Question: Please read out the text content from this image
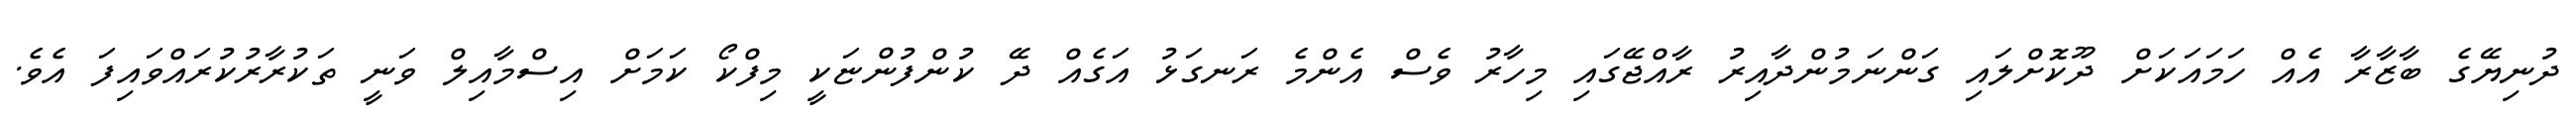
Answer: ދުނިޔޭގެ ބާޒާރާ އެއް ހަމައަކަށް ދޫކޮށްލައި ގަންނަމުންދާއިރު ރާއްޖޭގައި މިހާރު ވެސް އެންމެ ރަނގަޅު އަގެއް ދޭ ކުންފުންޏަކީ މިފްކޯ ކަމަށް އިސްމާއިލް ވަނީ ތަކުރާރުކުރައްވައިފަ އެވެ.